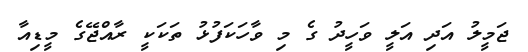
ޖަމީލު އަދި އަލީ ވަހީދު ގެ މި ވާހަކަފުޅު ތަކަކީ ރާއްޖޭގެ މީޑިއާ